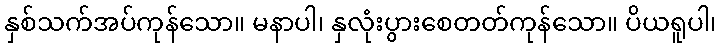
နှစ်သက်အပ်ကုန်သော။ မနာပါ၊ နှလုံးပွားစေတတ်ကုန်သော။ ပိယရူပါ၊